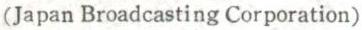
(Japan Broadcasting Corporation)